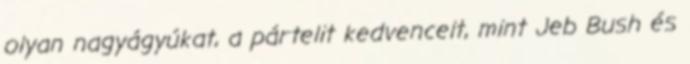
olyan nagyágyúkat, a pártelit kedvenceit, mint Jeb Bush és